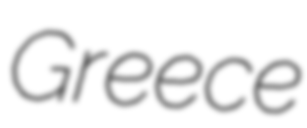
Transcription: Greece